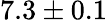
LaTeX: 7.3\pm 0.1